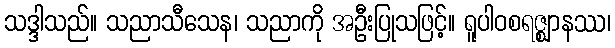
သဒ္ဒါသည်။ သညာသီသေန၊ သညာကို အဦးပြုသဖြင့်။ ရူပါဝစရဇ္ဈာနဿ၊